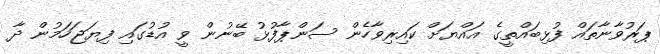
ޕަރުވާނާތައް ފުޅިބައްތީގެ އައްޔަށް ކައިރިވާހެން ސަންޕާފުޅު ބޭނުން ވީ އުޑުގައި ފިޔަޖަހަމުން ދާ